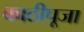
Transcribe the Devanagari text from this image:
काठीपूजा